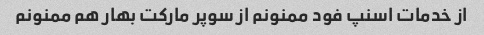
از خدمات اسنپ فود ممنونم از سوپر مارکت بهار هم ممنونم